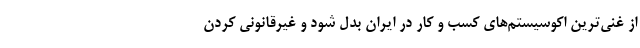
از غنی‌ترین اکوسیستم‌های کسب و کار در ایران بدل شود و غیرقانونی کردن